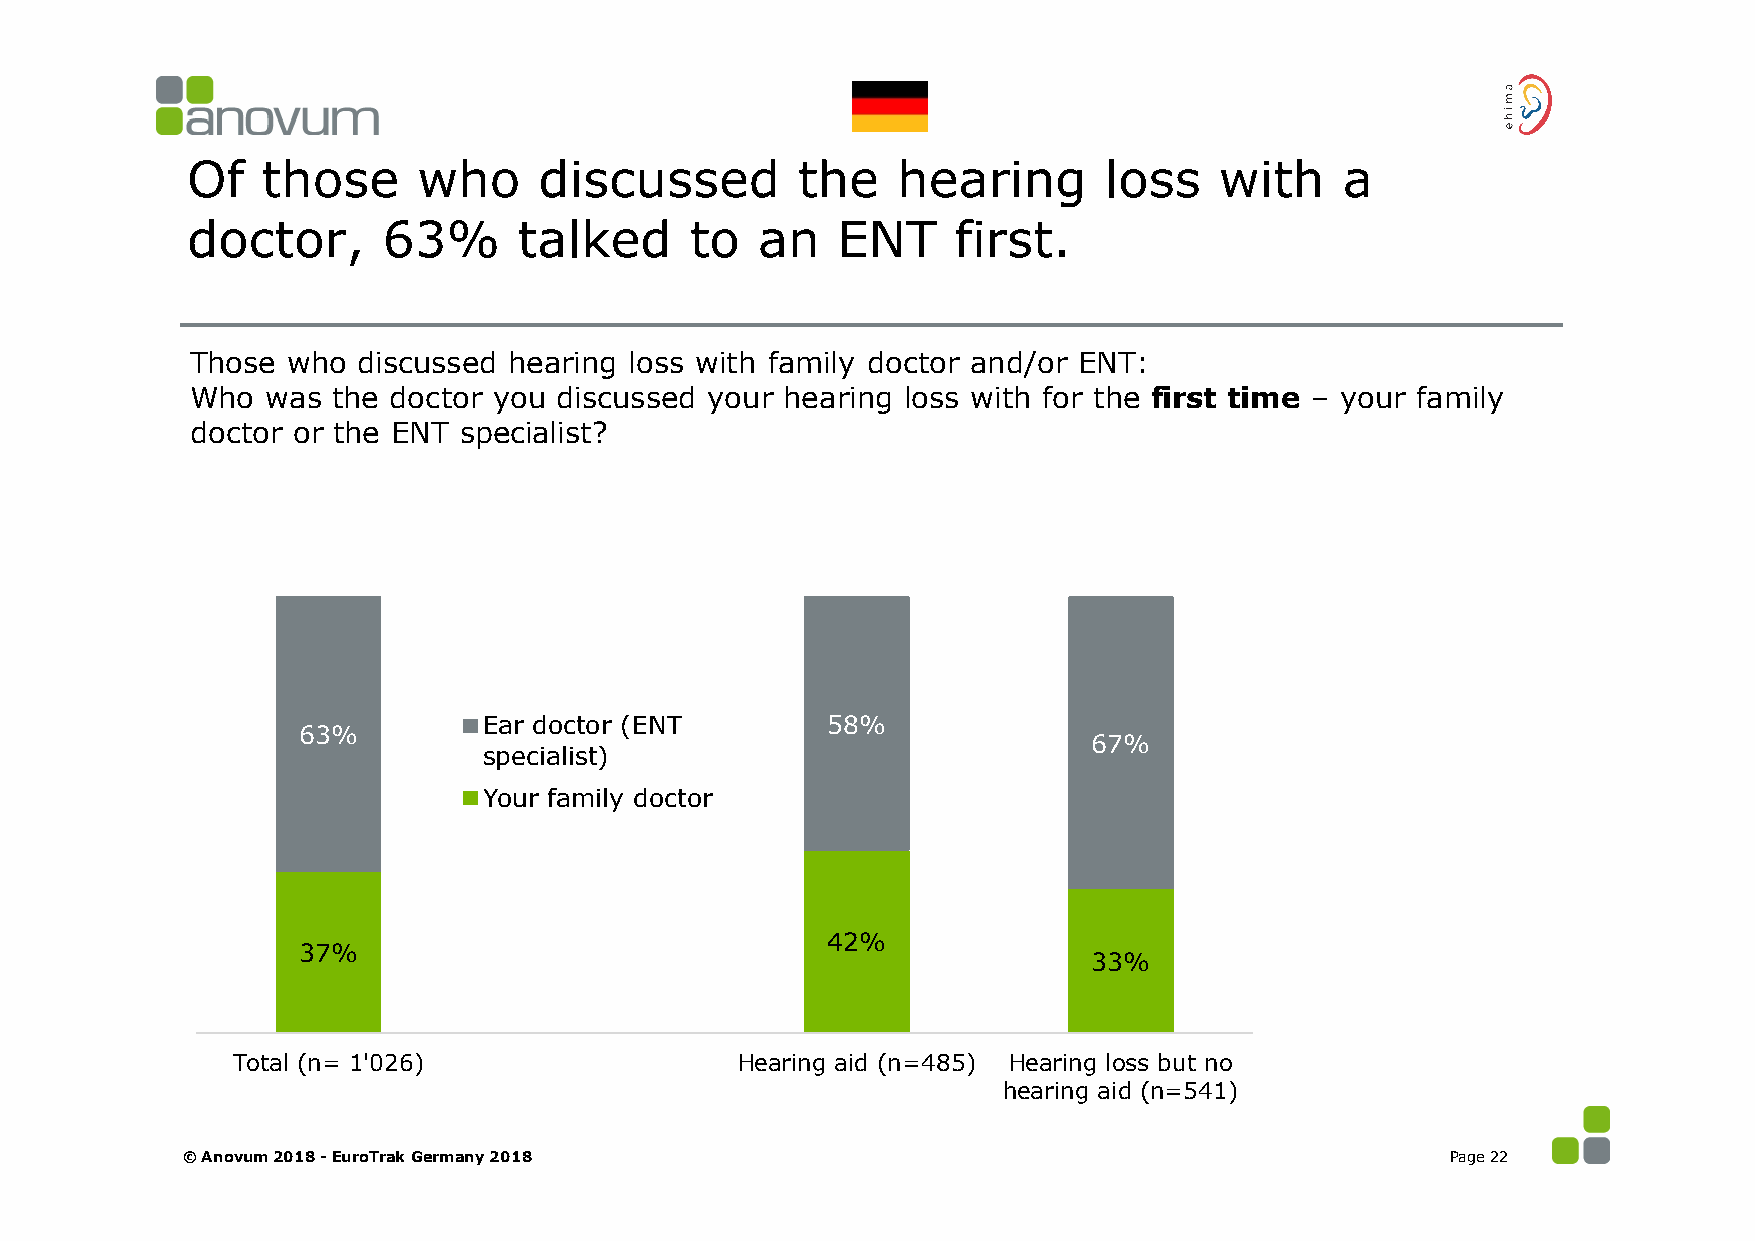
Of   those      who     discussed        the   hearing       loss    with    a
 doctor,      63%      talked      to  an   ENT     first.
 Those who  discussed hearing loss with family doctor and/or ENT:
 Who  was the doctor you discussed your hearing loss with for the first time – your family
 doctor or the ENT specialist?
 Ear doctor (ENT        58%
 63%
 67%
 specialist)
 Your family doctor
 42%
 37%
 33%
 Total (n= 1'026)                  Hearing aid (n=485) Hearing loss but no
 hearing aid (n=541)
 © Anovum 2018 -EuroTrak Germany 2018                                                Page 22